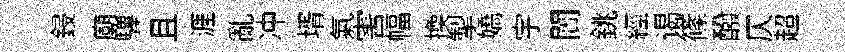
鋟廟驆且涯亂冲壻氣害幅换掣嬌宇闠銚經谒篠醱仄超